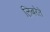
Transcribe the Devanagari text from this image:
लिबरेते